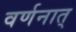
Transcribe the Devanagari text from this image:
वर्णनात्